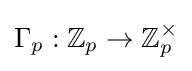
\Gamma _{p}:\mathbb {Z} _{p}\to \mathbb {Z} _{p}^{\times }